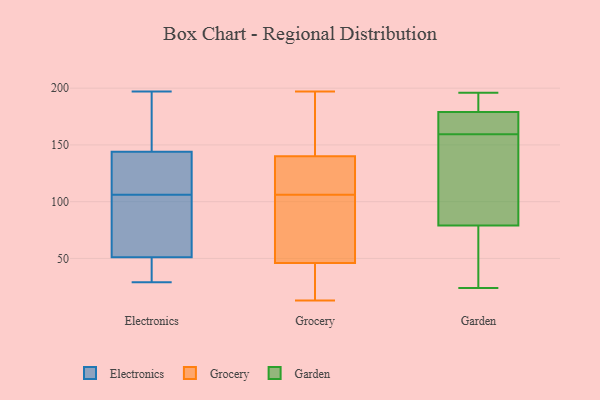
{"axis": {"x": "Population (Million)", "y": "Value"}, "legend": ["Electronics", "Garden", "Grocery"], "data": [{"x": "", "y": 133, "type": "Electronics"}, {"x": "", "y": 57, "type": "Electronics"}, {"x": "", "y": 146, "type": "Electronics"}, {"x": "", "y": 46, "type": "Electronics"}, {"x": "", "y": 57, "type": "Electronics"}, {"x": "", "y": 197, "type": "Electronics"}, {"x": "", "y": 29, "type": "Electronics"}, {"x": "", "y": 183, "type": "Electronics"}, {"x": "", "y": 49, "type": "Electronics"}, {"x": "", "y": 88, "type": "Electronics"}, {"x": "", "y": 106, "type": "Electronics"}, {"x": "", "y": 120, "type": "Electronics"}, {"x": "", "y": 138, "type": "Electronics"}, {"x": "", "y": 186, "type": "Electronics"}, {"x": "", "y": 44, "type": "Electronics"}, {"x": "", "y": 55, "type": "Grocery"}, {"x": "", "y": 197, "type": "Grocery"}, {"x": "", "y": 13, "type": "Grocery"}, {"x": "", "y": 43, "type": "Grocery"}, {"x": "", "y": 25, "type": "Grocery"}, {"x": "", "y": 36, "type": "Grocery"}, {"x": "", "y": 131, "type": "Grocery"}, {"x": "", "y": 65, "type": "Grocery"}, {"x": "", "y": 89, "type": "Grocery"}, {"x": "", "y": 106, "type": "Grocery"}, {"x": "", "y": 143, "type": "Grocery"}, {"x": "", "y": 187, "type": "Grocery"}, {"x": "", "y": 160, "type": "Grocery"}, {"x": "", "y": 113, "type": "Grocery"}, {"x": "", "y": 114, "type": "Grocery"}, {"x": "", "y": 162, "type": "Garden"}, {"x": "", "y": 196, "type": "Garden"}, {"x": "", "y": 79, "type": "Garden"}, {"x": "", "y": 174, "type": "Garden"}, {"x": "", "y": 179, "type": "Garden"}, {"x": "", "y": 157, "type": "Garden"}, {"x": "", "y": 193, "type": "Garden"}, {"x": "", "y": 50, "type": "Garden"}, {"x": "", "y": 24, "type": "Garden"}, {"x": "", "y": 95, "type": "Garden"}]}